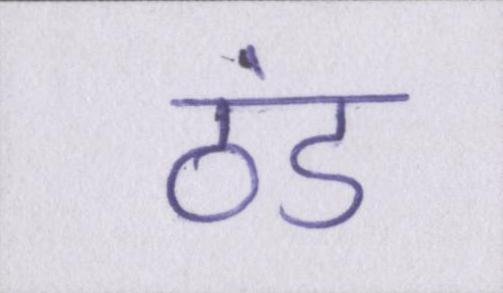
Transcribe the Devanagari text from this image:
ठंड